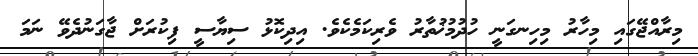
މިރާއްޖޭގައި މިހާރު މިހިނގަނީ ހުދުމުޚުތާރު ވެރިކަމެކެވެ. އިދިކޮޅު ސިޔާސީ ފިކުރަށް ޖާގަނުދެވޭ ނަމަ